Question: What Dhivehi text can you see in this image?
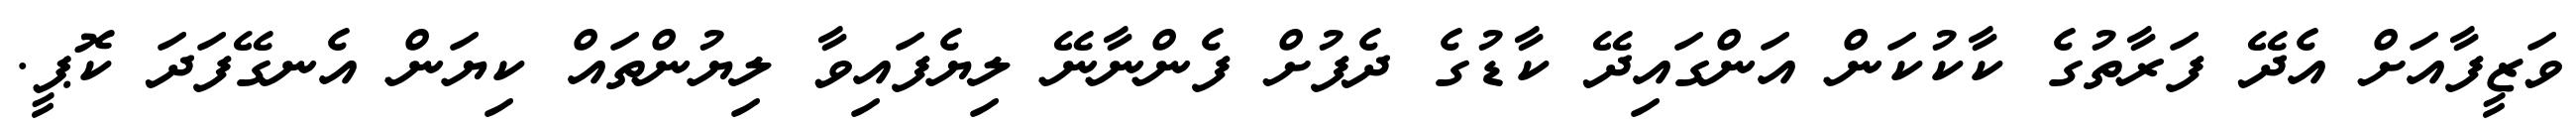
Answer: ވަޒީފާއަށް އެދޭ ފަރާތުގެ ކާކުކަން އަންގައިދޭ ކާޑުގެ ދެފުށް ފެންނާނޭ ލިޔެފައިވާ ލިޔުންތައް ކިޔަން އެނގޭފަދަ ކޮޕީ.